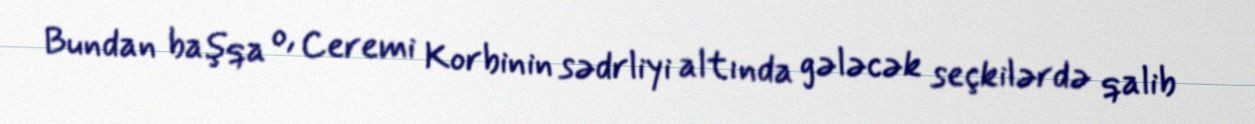
Bundan başqa o, Ceremi Korbinin sədrliyi altında gələcək seçkilərdə qalib